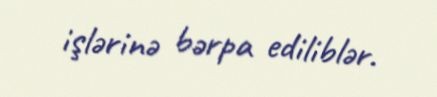
işlərinə bərpa ediliblər.